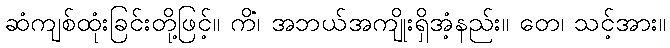
ဆံကျစ်ထုံးခြင်းတို့ဖြင့်။ ကိံ၊ အဘယ်အကျိုးရှိအံ့နည်း။ တေ၊ သင့်အား။